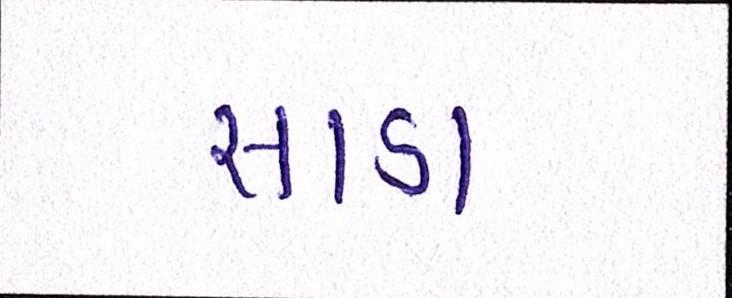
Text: સાડા